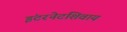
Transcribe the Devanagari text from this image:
इंटरनेटशिवाय